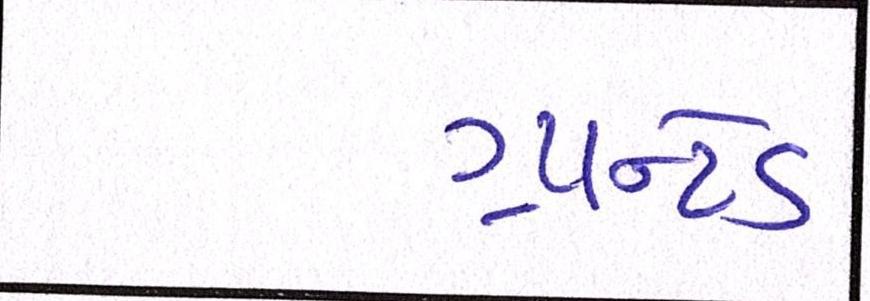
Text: ગ્રાન્ટેડ